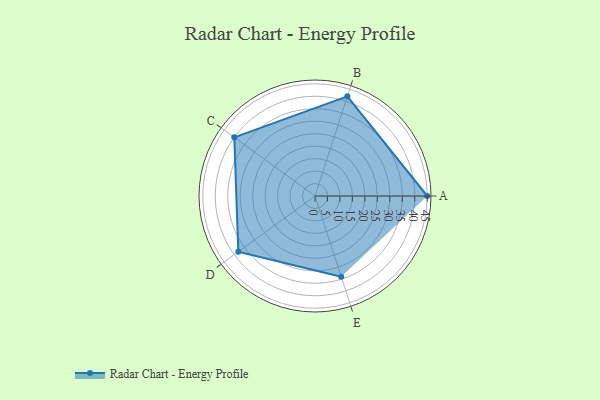
{"axis": {"x": "Skill", "y": "Score"}, "legend": ["Profile"], "data": [{"x": "A", "y": 45.0, "type": "Profile"}, {"x": "B", "y": 42.0, "type": "Profile"}, {"x": "C", "y": 40.0, "type": "Profile"}, {"x": "D", "y": 38.0, "type": "Profile"}, {"x": "E", "y": 34.0, "type": "Profile"}]}